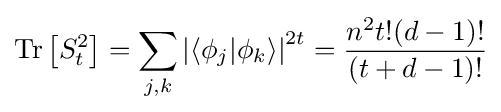
\displaystyle \mathrm {Tr} \left[S_{t}^{2}\right]=\sum _{j,k}\left|\langle \phi _{j}|\phi _{k}\rangle \right|^{2t}={\frac {n^{2}t!(d-1)!}{(t+d-1)!}}